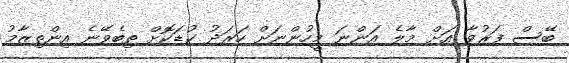
ބޭސް ފަރުވާ އަށް މާލެ އަންނަ މީހުންނަށް ހަރަދު ކުޑަކޮށް ތިބެވޭނެ އިންތިޒާމު